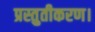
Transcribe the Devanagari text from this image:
प्रस्तुतीकरण।